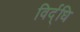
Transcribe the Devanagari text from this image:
विर्द्धि